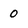
Character: 0